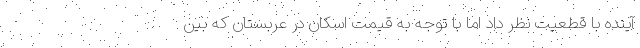
آینده با قطعیت نظر داد اما با توجه به قیمت اسکان در عربستان که بین